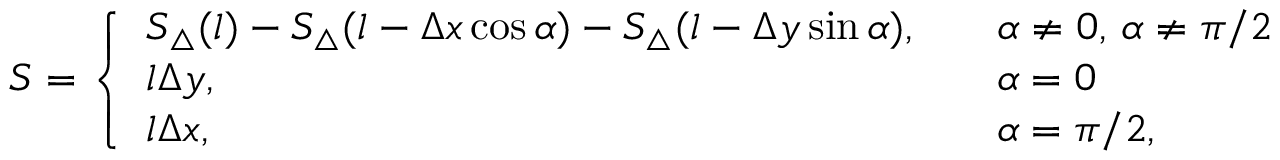
S = \left\{ \begin{array} { l l } { S _ { \triangle } ( l ) - S _ { \triangle } ( l - \Delta x \cos \alpha ) - S _ { \triangle } ( l - \Delta y \sin \alpha ) , \quad } & { \alpha \neq 0 , \, \alpha \neq \pi / 2 } \\ { l \Delta y , \quad } & { \alpha = 0 } \\ { l \Delta x , \quad } & { \alpha = \pi / 2 , } \end{array} \right.